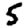
Digit: 5